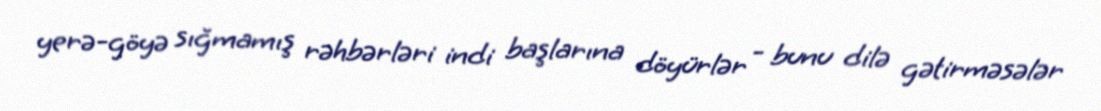
yerə-göyə sığmamış rəhbərləri indi başlarına döyürlər - bunu dilə gətirməsələr